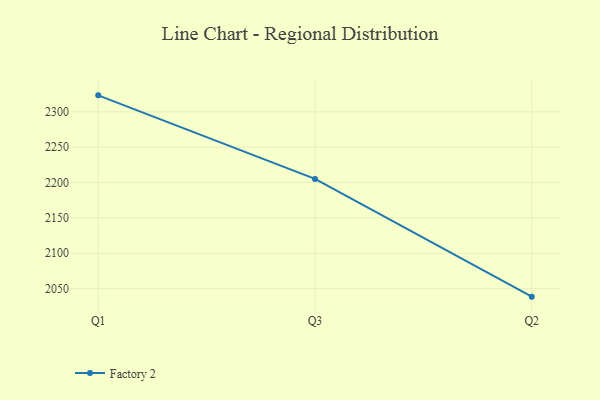
{"axis": {"x": "Quarter", "y": "Humidity (%)"}, "legend": ["Factory 2"], "data": [{"x": "Q1", "y": 2323.3, "type": "Factory 2"}, {"x": "Q3", "y": 2205.2, "type": "Factory 2"}, {"x": "Q2", "y": 2038.7, "type": "Factory 2"}]}